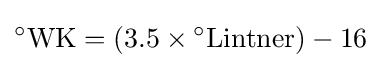
{}^{\circ }{\mbox{WK}}=\left(3.5\times {}^{\circ }{\mbox{Lintner}}\right)-16